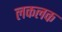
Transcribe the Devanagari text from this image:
लकलक